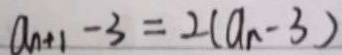
a _ { n + 1 } - 3 = 2 ( a _ { n } - 3 )